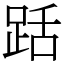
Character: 䟯